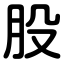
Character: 股